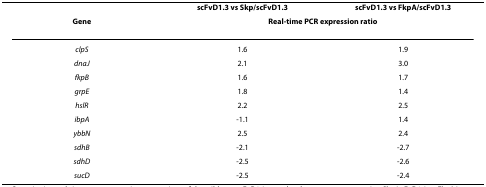
<table><thead><tr><td></td><td><b>scFvD1.3 vs Skp/scFvD1.3</b></td><td><b>scFvD1.3 vs FkpA/scFvD1.3</b></td></tr><tr><td><b>Gene</b></td><td colspan="2"><b>Real-time PCR expression ratio</b></td></tr></thead><tbody><tr><td><i>clpS</i></td><td>1.6</td><td>1.9</td></tr><tr><td><i>dnaJ</i></td><td>2.1</td><td>3.0</td></tr><tr><td><i>fkpB</i></td><td>1.6</td><td>1.7</td></tr><tr><td><i>grpE</i></td><td>1.8</td><td>1.4</td></tr><tr><td><i>hslR</i></td><td>2.2</td><td>2.5</td></tr><tr><td><i>ibpA</i></td><td>-1.1</td><td>1.4</td></tr><tr><td><i>ybbN</i></td><td>2.5</td><td>2.4</td></tr><tr><td><i>sdhB</i></td><td>-2.1</td><td>-2.7</td></tr><tr><td><i>sdhD</i></td><td>-2.5</td><td>-2.6</td></tr><tr><td><i>sucD</i></td><td>-2.5</td><td>-2.4</td></tr></tbody></table>